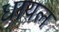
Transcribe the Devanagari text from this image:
धायल